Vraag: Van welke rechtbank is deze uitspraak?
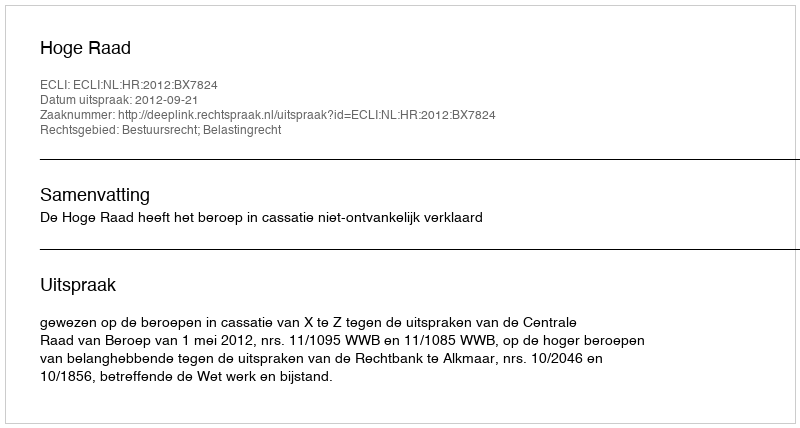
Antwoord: Hoge Raad